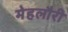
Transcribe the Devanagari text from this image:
मेहलौरी